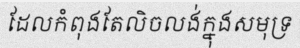
ដែលកំពុងតែលិចលង់ក្នុងសមុទ្រ